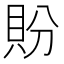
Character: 𬥏